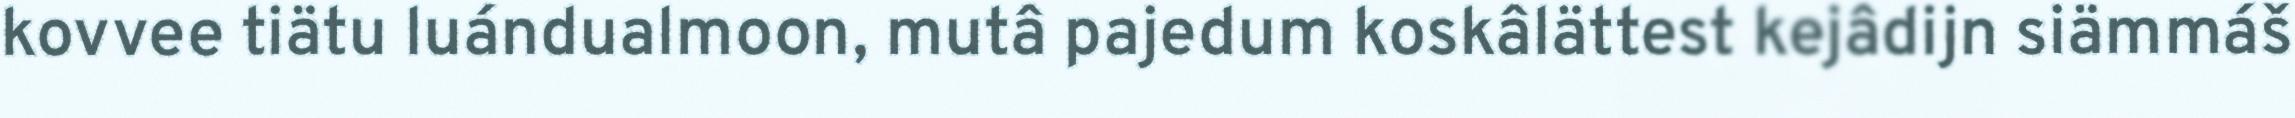
kovvee tiätu luándualmoon, mutâ pajedum koskâlättest kejâdijn siämmáš